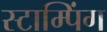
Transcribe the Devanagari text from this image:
स्टाम्पिंग